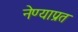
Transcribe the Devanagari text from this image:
नेण्याप्रत